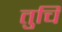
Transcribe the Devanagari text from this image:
तुचि